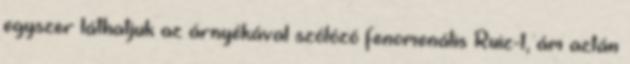
egyszer láthatjuk az árnyékával szólózó fenomenális Ruiz-t, ám aztán